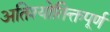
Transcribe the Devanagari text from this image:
अतिश्योतिक्तपूर्ण